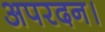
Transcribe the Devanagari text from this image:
अपरदन।